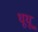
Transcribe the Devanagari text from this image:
धूधू